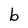
Character: b